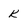
Character: K